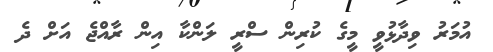
އުމަރު ވިދާޅުވީ މީގެ ކުރިން ސްރީ ލަންކާ އިން ރާއްޖެ އަށް ދެ